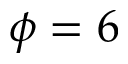
\phi = 6